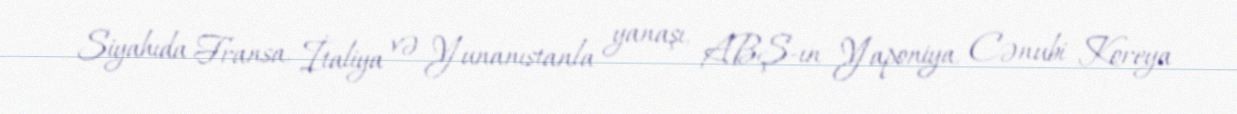
Siyahıda Fransa, İtaliya və Yunanıstanla yanaşı, ABŞ-ın Yaponiya, Cənubi Koreya